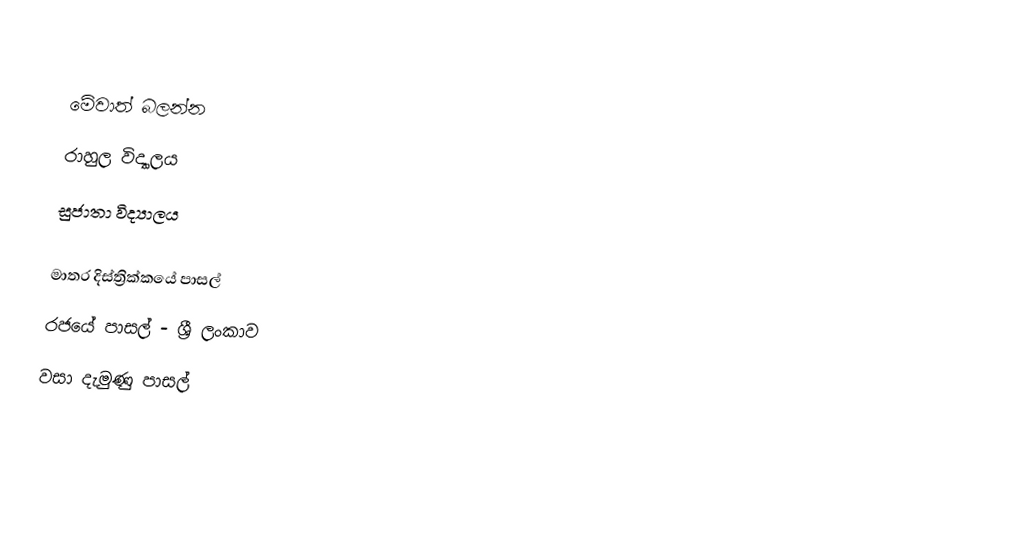

මේවාත් බලන්න
 රාහුල විද්‍යාලය
 සුජාතා විද්‍යාලය

මාතර දිස්ත්‍රික්කයේ පාසල්
රජයේ පාසල් - ශ්‍රී ලංකාව
වසා දැමුණු පාසල්